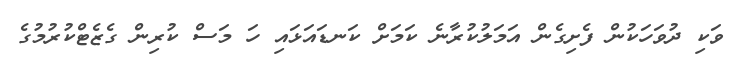
ވަކި ދުވަހަކުން ފެށިގެން އަމަލުކުރާނެ ކަމަށް ކަނޑައަޅައި ހަ މަސް ކުރިން ގެޒެޓްކުރުމުގެ